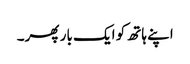
اپنے ہاتھ کو ایک بار پھر۔